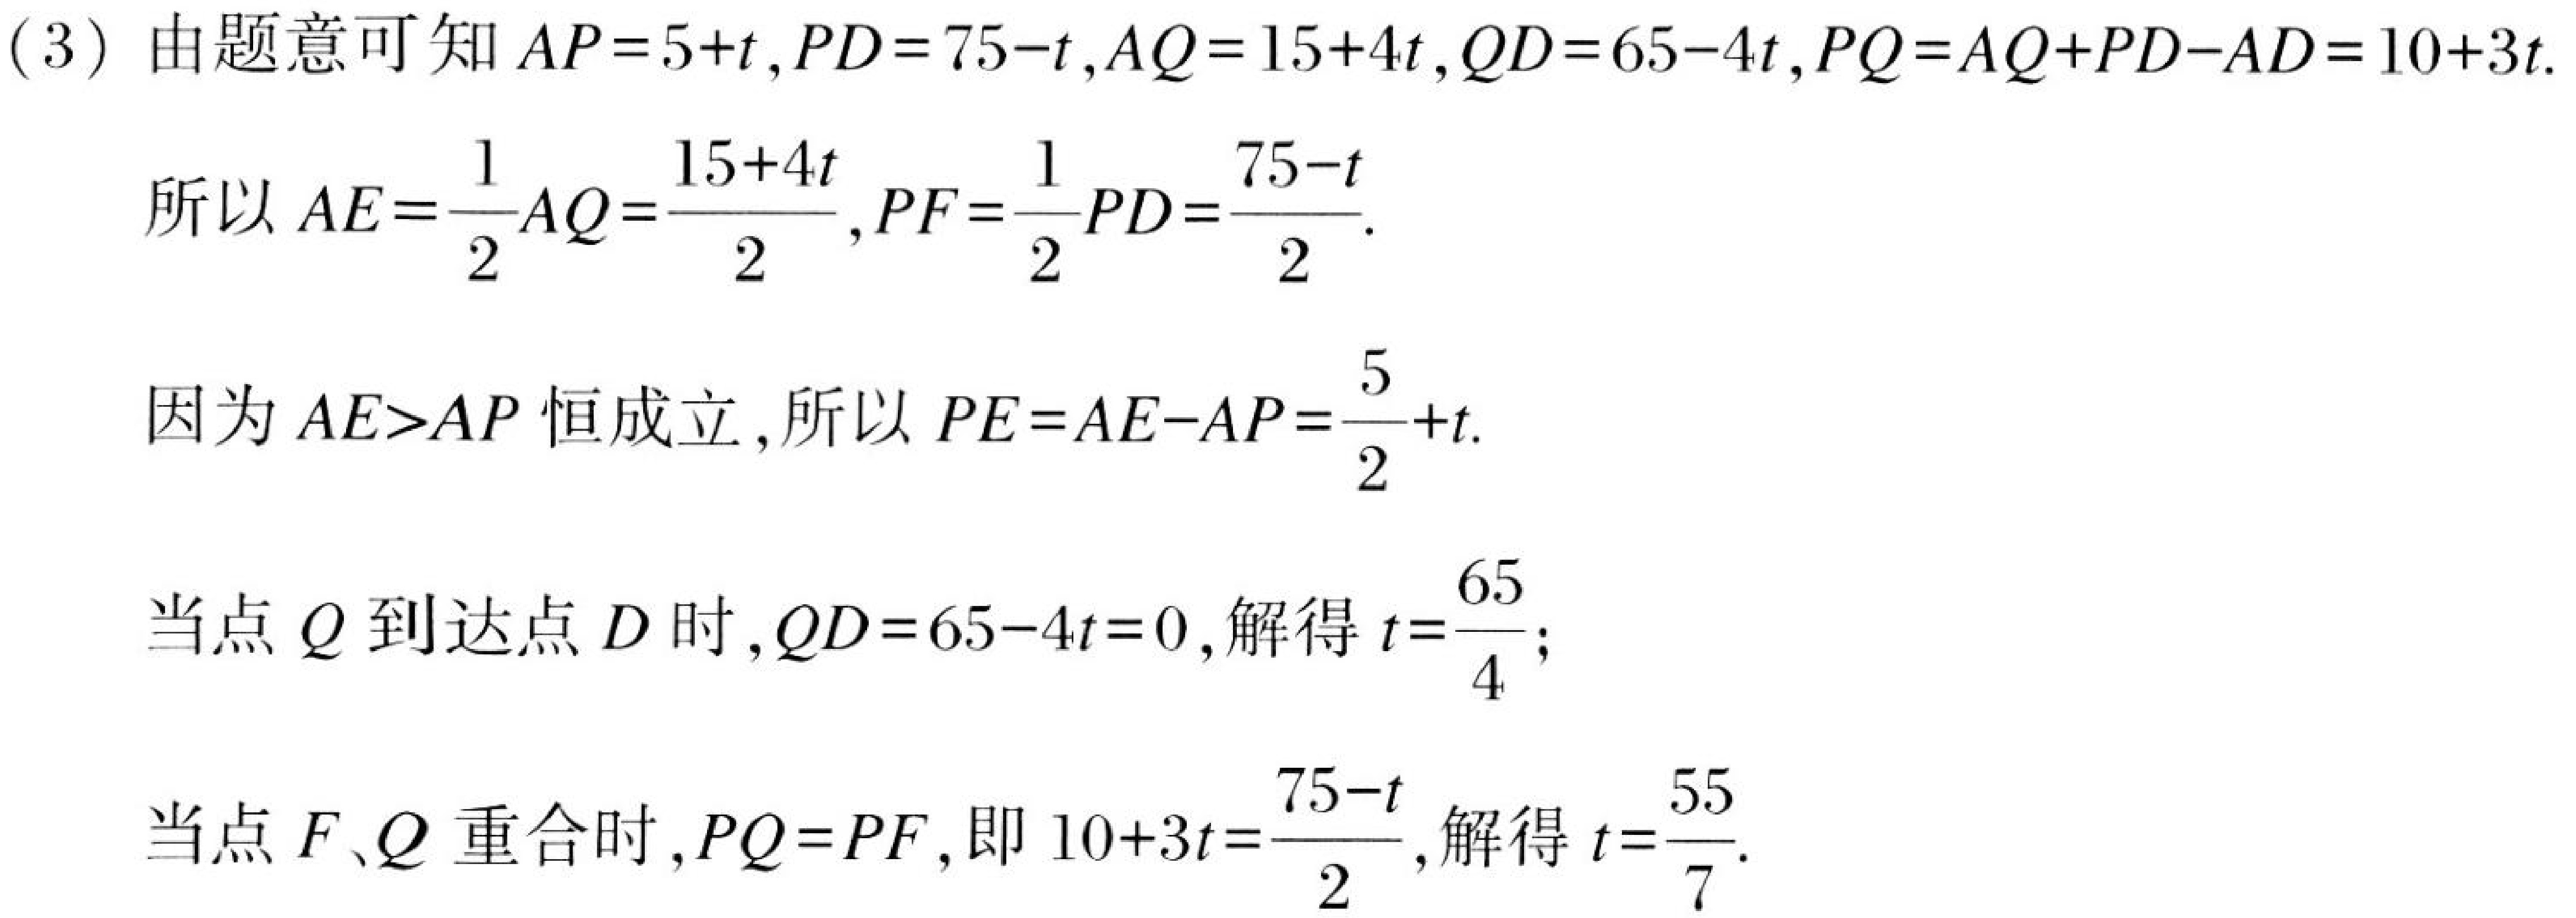
(3) 由题意可知\(AP = 5 + t\)，\(PD = 75 - t\)，\(AQ = 15 + 4t\)，\(QD = 65 - 4t\)，\(PQ=AQ + PD - AD = 10 + 3t\).
所以\(AE=\frac{1}{2}AQ=\frac{15 + 4t}{2}\)，\(PF=\frac{1}{2}PD=\frac{75 - t}{2}\).
因为\(AE>AP\)恒成立，所以\(PE = AE - AP=\frac{5}{2}+t\).
当点\(Q\)到达点\(D\)时，\(QD = 65 - 4t = 0\)，解得\(t=\frac{65}{4}\)；
当点\(F、Q\)重合时，\(PQ = PF\)，即\(10 + 3t=\frac{75 - t}{2}\)，解得\(t=\frac{55}{7}\).